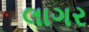
લાગર